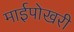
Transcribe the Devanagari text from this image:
माईपोखरी